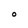
Character: O